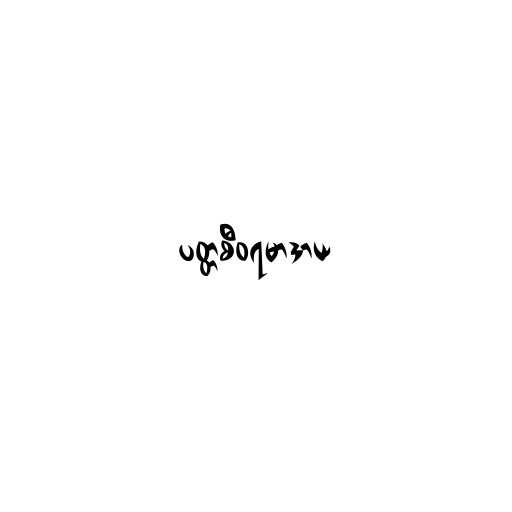
ပတ္တစီဝရမာဒာယ